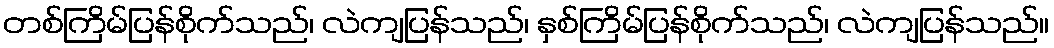
တစ်ကြိမ်ပြန်စိုက်သည်၊ လဲကျပြန်သည်၊ နှစ်ကြိမ်ပြန်စိုက်သည်၊ လဲကျပြန်သည်။